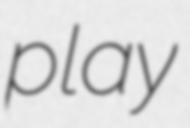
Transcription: play